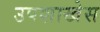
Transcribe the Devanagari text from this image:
उपशाखेस